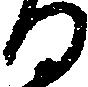
る